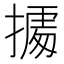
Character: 𢴃